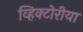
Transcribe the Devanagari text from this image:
व्हिक्टोरीया